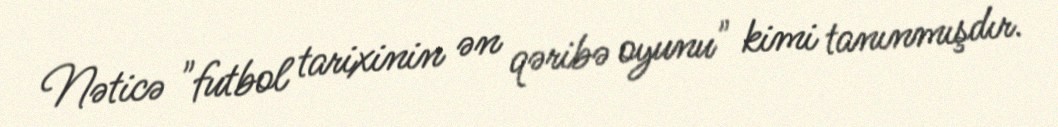
Nəticə "futbol tarixinin ən qəribə oyunu" kimi tanınmışdır.